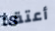
أعتقد